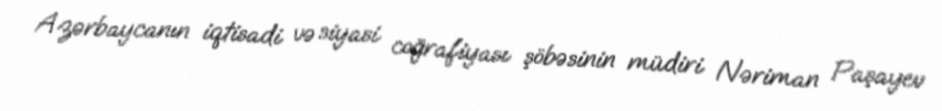
Azərbaycanın iqtisadi və siyasi coğrafiyası şöbəsinin müdiri Nəriman Paşayev